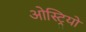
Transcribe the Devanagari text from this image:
ओस्ट्रियो